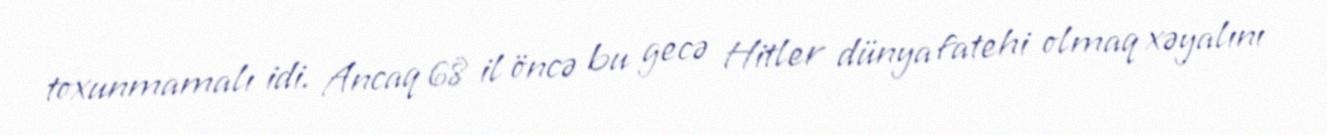
toxunmamalı idi. Ancaq 68 il öncə bu gecə Hitler dünya fatehi olmaq xəyalını